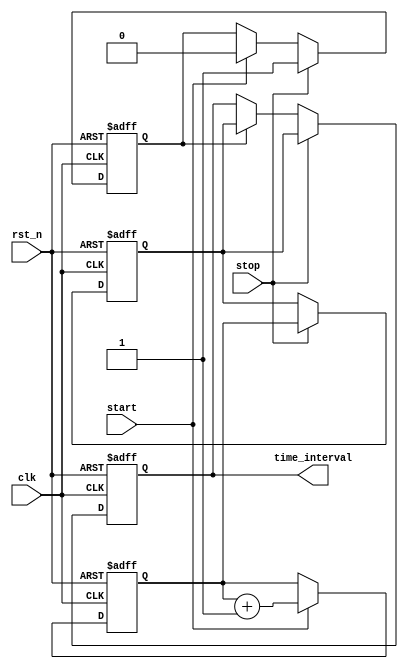
module TDC (
    input wire clk,          // System clock
    input wire rst_n,       // Active low reset
    input wire start,       // START signal
    input wire stop,        // STOP signal
    output reg [11:0] time_interval // Output time interval (example 12-bit)
);

    // Parameter Definitions
    parameter NUM_DELAY_LINES = 8; // Number of delay lines
    parameter DELAY_INCREMENT = 1;   // Time increment for each delay line
    parameter COUNTER_WIDTH = 12;     // Width of the digital counter

    // Internal Signals
    reg [COUNTER_WIDTH-1:0] counter;                  // Digital counter
    reg [COUNTER_WIDTH-1:0] sampled_count;             // Sampled counter value
    reg [NUM_DELAY_LINES-1:0] delay_lines;            // Delay lines state
    reg sampling_phase;                               // Indicates sampling phase

    // Generate Vernier Delay Lines (simulated)
    generate
        genvar i;
        for (i = 0; i < NUM_DELAY_LINES; i = i + 1) begin : vernier_delay
            always @(posedge clk or negedge rst_n) begin
                if (!rst_n) begin
                    delay_lines[i] <= 1'b0; // Reset delay line states
                end else if (start) begin
                    delay_lines[i] <= delay_lines[i] + DELAY_INCREMENT; // Increment delay state
                end
            end
        end
    endgenerate

    // Digital Counter Logic
    always @(posedge clk or negedge rst_n) begin
        if (!rst_n) begin
            counter <= 0; // Reset counter
        end else if (start) begin
            counter <= counter + 1; // Increment counter on START signal
        end
    end

    // Sampling Mechanism
    always @(posedge clk or negedge rst_n) begin
        if (!rst_n) begin
            sampled_count <= 0; // Reset sampled count
            time_interval <= 0;  // Reset time interval output
        end else if (stop) begin
            sampled_count <= counter; // Sample counter value on STOP signal
            time_interval <= sampled_count; // Output sampled time interval
        end else if (sampling_phase) begin
            time_interval <= sampled_count; // Update output if in sampling phase
        end
    end

    // Control Logic
    always @(posedge clk or negedge rst_n) begin
        if (!rst_n) begin
            sampling_phase <= 1'b0; // Reset sampling phase
        end else if (stop) begin
            sampling_phase <= 1'b1; // Enter sampling phase on STOP signal
        end else if (start) begin
            sampling_phase <= 1'b0; // Exit sampling phase on START
        end
    end

endmodule